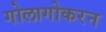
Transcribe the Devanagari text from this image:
गोलागोकरन